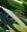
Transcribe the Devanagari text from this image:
माद्र